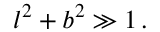
l ^ { 2 } + b ^ { 2 } \gg 1 \, .